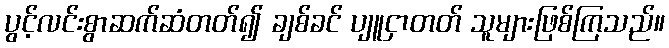
ပွင့်လင်းစွာဆက်ဆံတတ်၍ ချစ်ခင် ပျူငှာတတ် သူများဖြစ်ကြသည်။